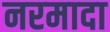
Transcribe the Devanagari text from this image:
नरमादा